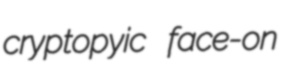
cryptopyic face-on